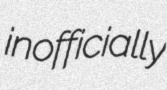
inofficially